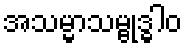
အသမ္မာသမ္ဗုဒ္ဓါဝ